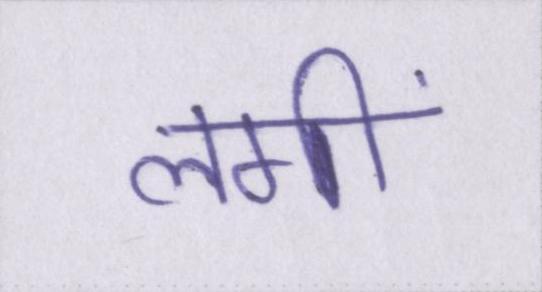
लगीं